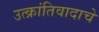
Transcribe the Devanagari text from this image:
उत्क्रांतिवादाचे